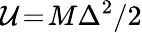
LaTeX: {\cal U}\! =\! M\Delta^{2}/2